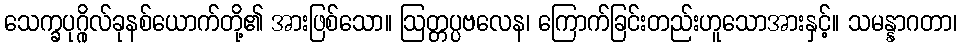
သေက္ခပုဂ္ဂိုလ်ခုနစ်ယောက်တို့၏ အားဖြစ်သော။ ဩတ္တပ္ပဗလေန၊ ကြောက်ခြင်းတည်းဟူသောအားနှင့်။ သမန္နာဂတာ၊